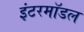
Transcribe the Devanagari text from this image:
इंटरमॉडल